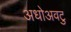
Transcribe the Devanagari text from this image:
अधोअवटु